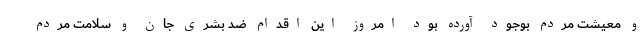
و معیشت مردم بوجود آورده بود امروز این اقدام ضد بشری جان و سلامت مردم